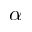
\alpha